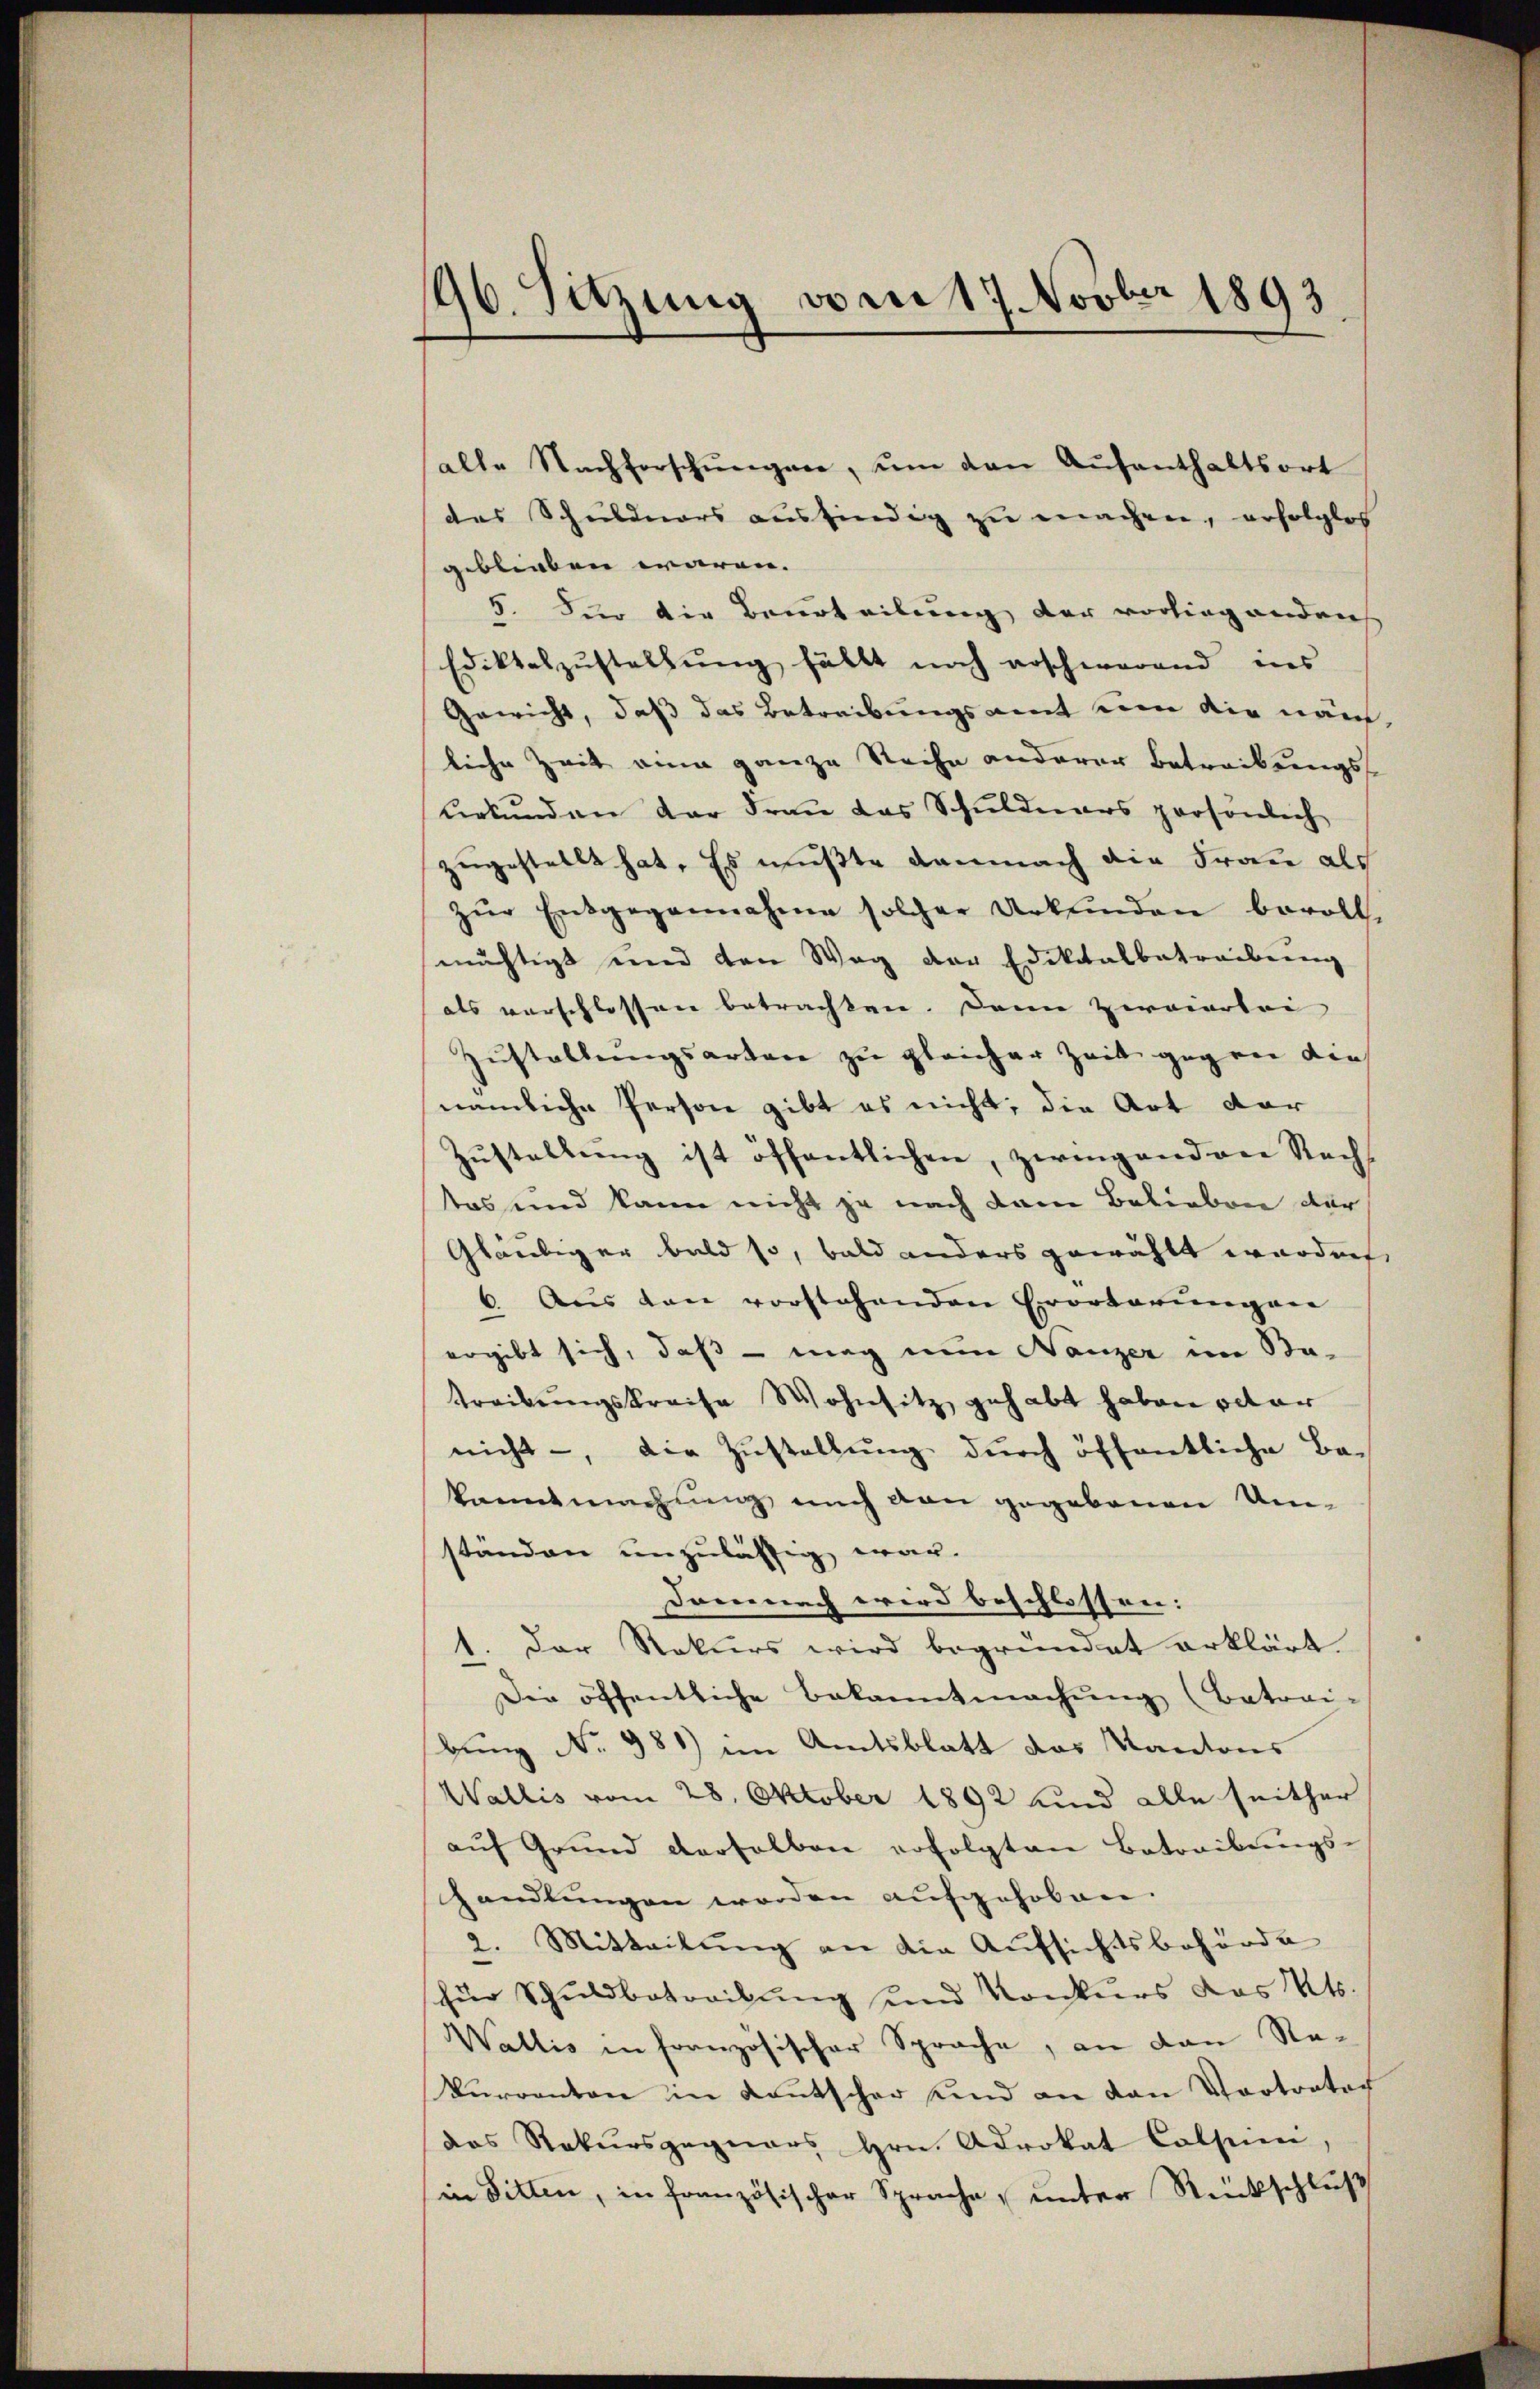
196. Sitzung vom 17. Novber 1893

alle Nachforschŭngen, ŭm den Aŭfenthaltsort
des Schuldners ausfindig zu machen, erfolglos
geblieben waren.
5. Für die Beurteilung der vorliegendenh
Edikteszustellung fällt noch erschwerend ins
Gewicht, daß das Betreibungsamt um die näch
liche Zeit eine ganze Reihe anderer Betreibungsurkunden der Frau das Schuldners persönlich
zugestellt hat. Es mußte damnach die Frau als
zŭr Entgegennahme solcher Urkunden bevoll-
mächtigt und den Weg der Edititalbetreibung
als vorschlossen betrachten. Dann zweiertei
Zustellungsarten zu gleicher Zeit gegen die
nämliche Person gibt es nicht; die Art dar
Zustellung ist öffentlichen, zwingenden Rechtes und kann nicht ja nach dem Belieben der
Gläubiger bald so, bald anders gewählt worden,
6. Aus den vorstehenden Erörterungen
ergibt sich, daß – mag nun Nanzer im Na-
Treibungskreise Wohnsitz gehabt haben octor
nicht, die Zustellung durch öffentliche Be-
kanntmachung mich den gegebenen Um-
ständen unzulässig war.
Domnach wird beschlossen:
1. Der Rekurs wird begründet erklärt.
Die öffentliche Bekanntmachŭng (Betrai-
bung No 981) im Amtsblatt das Kantons
Wallis vom 28. Oktober 1892 und alle seither
aŭf Grund derselben erfolgten Betreibungs-
handlungen worden aufgehoben.
2. Mitteilung an die Aufsichtsbehörde
hür Schuldbetreibung und Konkurs das Kts.
Wallis in französischer Sprache, an den Re¬
Vurranton in Kautscher und an den Vortrator
das Rekursgegners Hrn. Advokat Colsen,
in Sitten, in französischer Sprache, unter Rückschluß